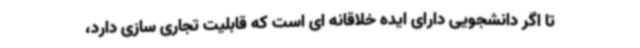
تا اگر دانشجویی دارای ایده خلاقانه ای است که قابلیت تجاری سازی دارد،